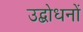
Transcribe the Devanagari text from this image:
उद्बोधनों